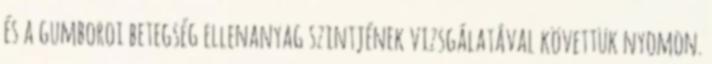
és a gumboroi betegség ellenanyag szintjének vizsgálatával követtük nyomon.